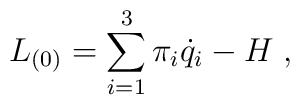
L_{(0)}=\sum_{i=1}^{3}\pi _{i}\dot{q}_{i}-H\;,